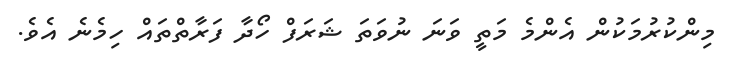
މިންކުރުމަކުން އެންމެ މަތީ ވަނަ ނުވަތަ ޝަރަފް ހޯދާ ފަރާތްތައް ހިމެނެ އެވެ.